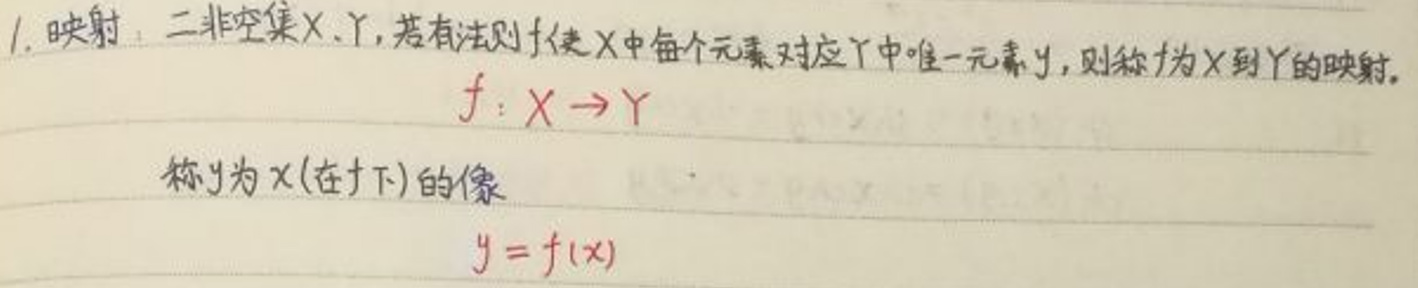
1. 映射：二非空集$X$、$Y$，若有法则$f$使$X$中每个元素对应$Y$中唯一元素$y$，则称$f$为$X$到$Y$的映射.
\[f:X\rightarrow Y\]
称$y$为$x$(在$f$下)的像
\[y = f(x)\]